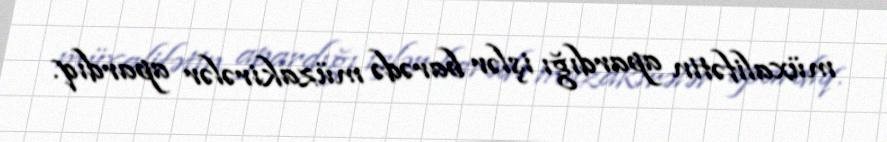
müxalifətin apardığı işlər barədə müzakirələr apardıq.